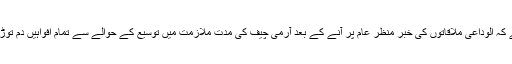
واضح رہے کہ الوداعی ملاقاتوں کی خبر منظر عام پر آنے کے بعد آرمی چیف کی مدت ملازمت میں توسیع کے حوالے سے تمام افواہیں دم توڑ چکی ہیں ۔